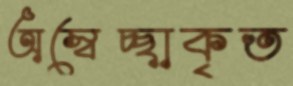
অস্বেচ্ছাকৃত